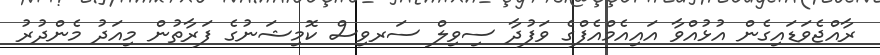
ރާއްޖެވަޑައިގެން އުޅުއްވާ އައިއެމްއެފްގެ ވަފުދާ ސިވިލް ސަރވިސް ކޮމިޝަނުގެ ފަރާތުން މިއަދު މެންދުރު